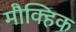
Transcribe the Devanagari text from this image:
मौक्हिक